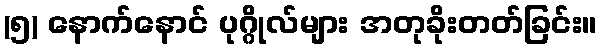
(၅) နောက်နောင် ပုဂ္ဂိုလ်များ အတုခိုးတတ်ခြင်း။